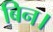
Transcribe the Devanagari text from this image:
बिन।